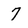
Character: 7